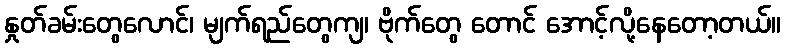
နှုတ်ခမ်းတွေလောင်၊ မျက်ရည်တွေကျ၊ ဗိုက်တွေ တောင် အောင့်လို့နေတော့တယ်။